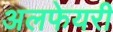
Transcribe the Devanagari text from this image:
अलफेयरी